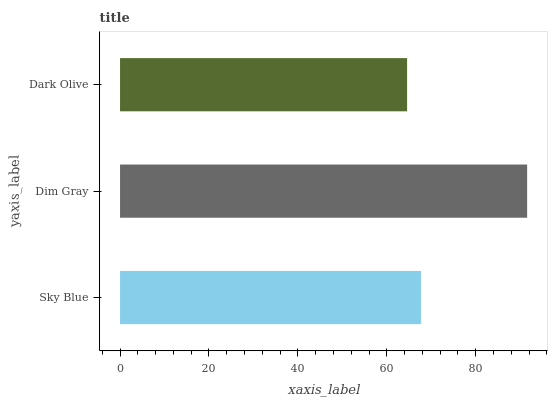
| yaxis_label | bars |
 | --- | --- |
 | Sky Blue | 67.7 |
 | Dim Gray | 91.6 |
 | Dark Olive | 64.6 |